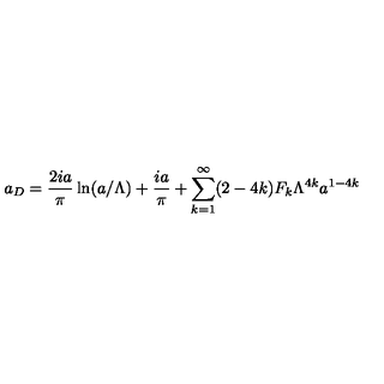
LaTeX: a _ { D } = \frac { 2 i a } { \pi } \ln ( a / \Lambda ) + \frac { i a } { \pi } + \sum _ { k = 1 } ^ { \infty } ( 2 - 4 k ) F _ { k } \Lambda ^ { 4 k } a ^ { 1 - 4 k }